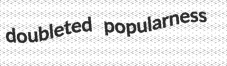
doubleted popularness